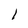
Character: 1